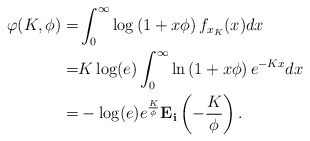
\begin{align*}\varphi(K,\phi) =& \int^{\infty}_{0}\log \left(1+x\phi \right) f_{x_K}(x)dx \\ =& K \log(e) \int^{\infty}_{0}\ln \left(1+x\phi \right) e^{-Kx}dx\\ =& - \log(e) e^{\frac{K}{\phi}}\mathbf{E_i}\left(-\frac{K}{\phi}\right).\end{align*}